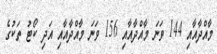
މާއްދާއާއި 144 ވަނަ މާއްދާއާއި 156 ވަނަ މާއްދާއާއި އަދި ކޯޓު ތަކުގެ